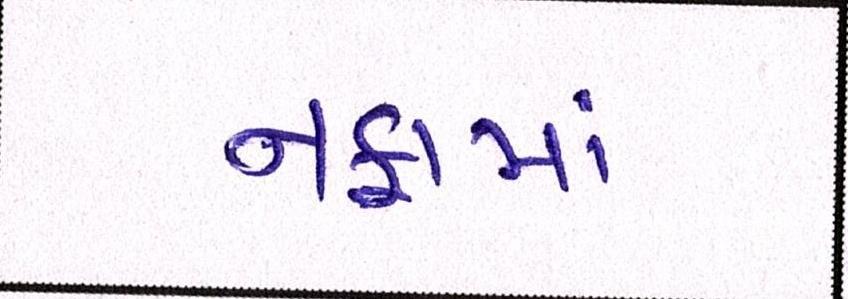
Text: નફામાં